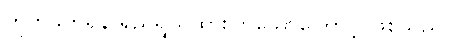
တိုက်ခိုက်ရန် ရည်ရွယ်ထားကြသောကြောင့် ဖြစ်သည်။